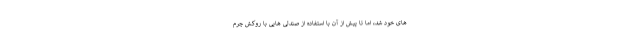
های خود شد، اما تا پیش از آن با استفاده از صندلی هایی با روکش چرم